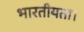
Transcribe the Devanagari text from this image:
भारतीयता।